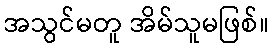
အသွင်မတူ အိမ်သူမဖြစ်။